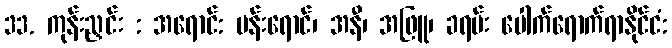
33. ကုန်းညှင်း : အရောင်: ပန်းရောင်၊ အနီ၊ အဖြူ၊ ခရမ်း ပေါက်ရောက်ရာနိုင်ငံ: